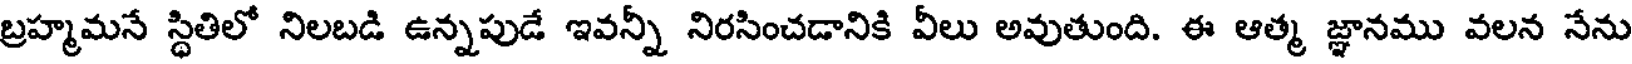
బ్రహ్మమనే స్థితిలో నిలబడి ఉన్నపుడే ఇవన్నీ నిరసించడానికి వీలు అవుతుంది. ఈ ఆత్మ జ్ఞానము వలన నేను